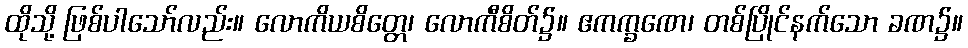
ထိုသို့ ဖြစ်ပါသော်လည်း။ လောကိယစိတ္တေ၊ လောကီစိတ်၌။ ဧကက္ခဏေ၊ တစ်ပြိုင်နက်သော ခဏ၌။